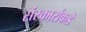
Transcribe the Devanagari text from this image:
संस्कारांकडे